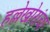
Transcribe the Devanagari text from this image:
हल्लेखोरांचा